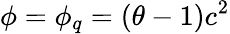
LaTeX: \phi=\phi_{q}=(\theta-1)c^{2}